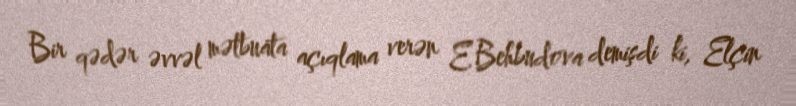
Bir qədər əvvəl mətbuata açıqlama verən E.Behbudova demişdi ki, Elçin